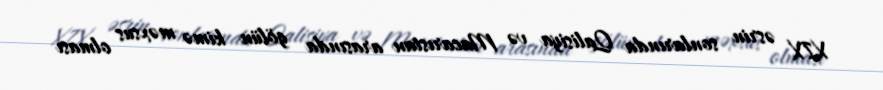
XIX əsrin sonlarında Qalisiya və Macarıstan arasında gölün kimə məxsus olması